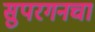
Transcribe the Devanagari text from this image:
सुपरगनचा